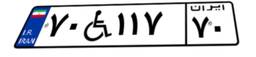
۰۹W۲۹۵۲۸